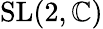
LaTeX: {\mathrm{SL}}(2,\mathbb{C})